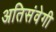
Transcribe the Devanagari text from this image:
अतिसंवेगी